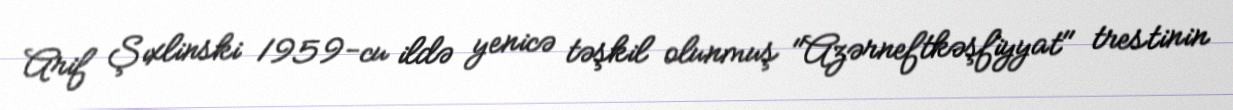
Arif Şıxlinski 1959-cu ildə yenicə təşkil olunmuş "Azərneftkəşfiyyat" trestinin